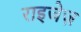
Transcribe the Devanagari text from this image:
राइजेज़